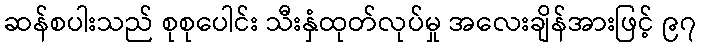
ဆန်စပါးသည် စုစုပေါင်း သီးနှံထုတ်လုပ်မှု အလေးချိန်အားဖြင့် ၉၇